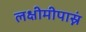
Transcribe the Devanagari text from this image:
लक्षीमीपास्नं